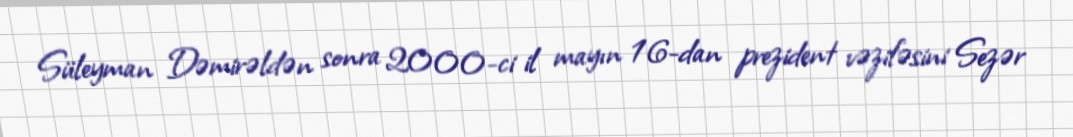
Süleyman Dəmirəldən sonra 2000-ci il mayın 16-dan prezident vəzifəsini Sezər